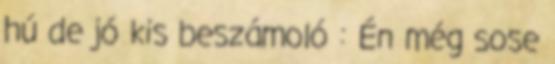
hú de jó kis beszámoló : Én még sose